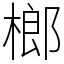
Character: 榔